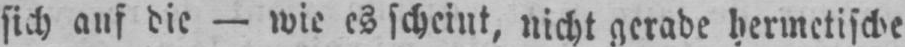
sich auf die - wie es scheint, nicht gerade hermetische